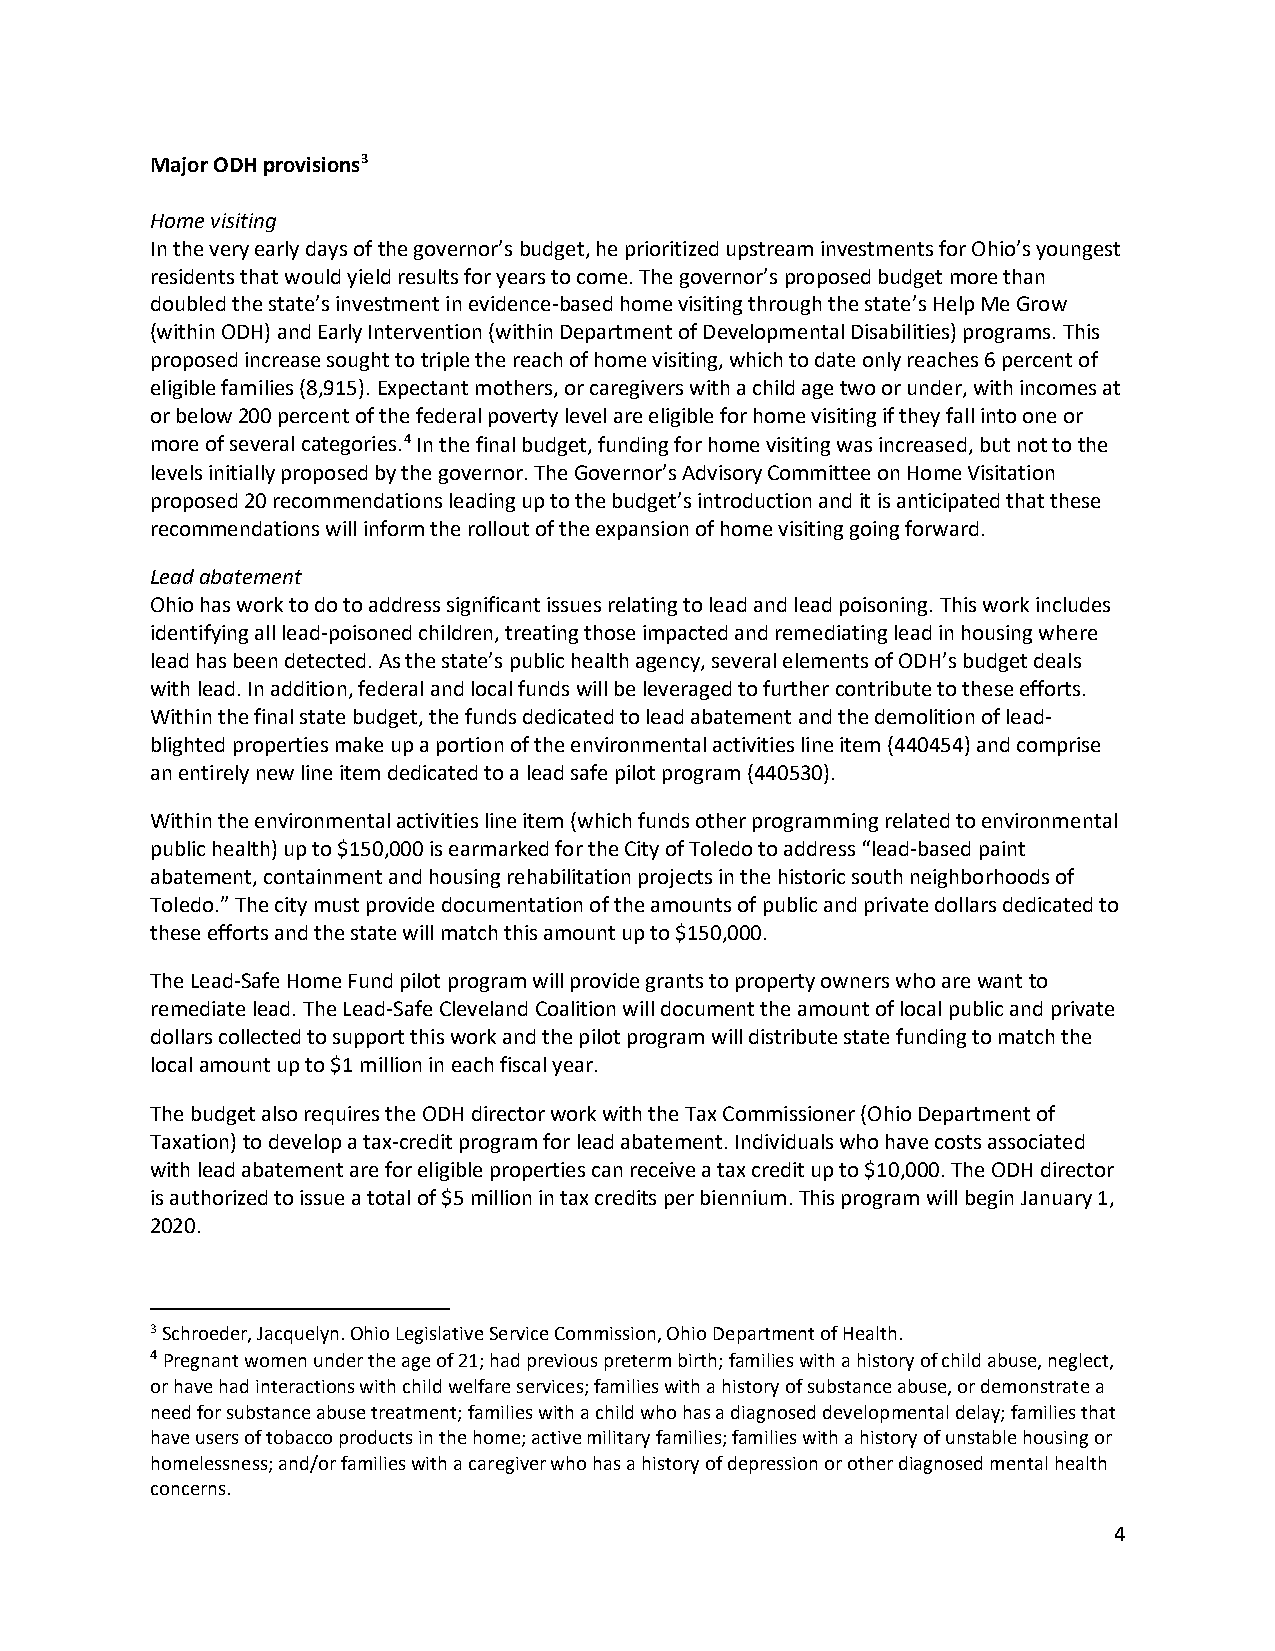
Major ODH provisions3
 Home visiting
 In the very early days of the governor’s budget, he prioritized upstream investments for Ohio’s youngest
 residents that would yield results for years to come. The governor’s proposed budget more than
 doubled the state’s investment in evidence-based home visiting through the state’s Help Me Grow
 (within ODH) and Early Intervention (within Department of Developmental Disabilities) programs. This
 proposed increase sought to triple the reach of home visiting, which to date only reaches 6 percent of
 eligible families (8,915). Expectant mothers, or caregivers with a child age two or under, with incomes at
 or below 200 percent of the federal poverty level are eligible for home visiting if they fall into one or
 more of several categories.4 In the final budget, funding for home visiting was increased, but not to the
 levels initially proposed by the governor. The Governor’s Advisory Committee on Home Visitation
 proposed 20 recommendations leading up to the budget’s introduction and it is anticipated that these
 recommendations will inform the rollout of the expansion of home visiting going forward.
 Lead abatement
 Ohio has work to do to address significant issues relating to lead and lead poisoning. This work includes
 identifying all lead-poisoned children, treating those impacted and remediating lead in housing where
 lead has been detected. As the state’s public health agency, several elements of ODH’s budget deals
 with lead. In addition, federal and local funds will be leveraged to further contribute to these efforts.
 Within the final state budget, the funds dedicated to lead abatement and the demolition of lead-
 blighted properties make up a portion of the environmental activities line item (440454) and comprise
 an entirely new line item dedicated to a lead safe pilot program (440530).
 Within the environmental activities line item (which funds other programming related to environmental
 public health) up to $150,000 is earmarked for the City of Toledo to address “lead-based paint
 abatement, containment and housing rehabilitation projects in the historic south neighborhoods of
 Toledo.” The city must provide documentation of the amounts of public and private dollars dedicated to
 these efforts and the state will match this amount up to $150,000.
 The Lead-Safe Home Fund pilot program will provide grants to property owners who are want to
 remediate lead. The Lead-Safe Cleveland Coalition will document the amount of local public and private
 dollars collected to support this work and the pilot program will distribute state funding to match the
 local amount up to $1 million in each fiscal year.
 The budget also requires the ODH director work with the Tax Commissioner (Ohio Department of
 Taxation) to develop a tax-credit program for lead abatement. Individuals who have costs associated
 with lead abatement are for eligible properties can receive a tax credit up to $10,000. The ODH director
 is authorized to issue a total of $5 million in tax credits per biennium. This program will begin January 1,
 2020.
 3 Schroeder, Jacquelyn. Ohio Legislative Service Commission, Ohio Department of Health.
 4 Pregnant women under the age of 21; had previous preterm birth; families with a history of child abuse, neglect,
 or have had interactions with child welfare services; families with a history of substance abuse, or demonstrate a
 need for substance abuse treatment; families with a child who has a diagnosed developmental delay; families that
 have users of tobacco products in the home; active military families; families with a history of unstable housing or
 homelessness; and/or families with a caregiver who has a history of depression or other diagnosed mental health
 concerns.
 4